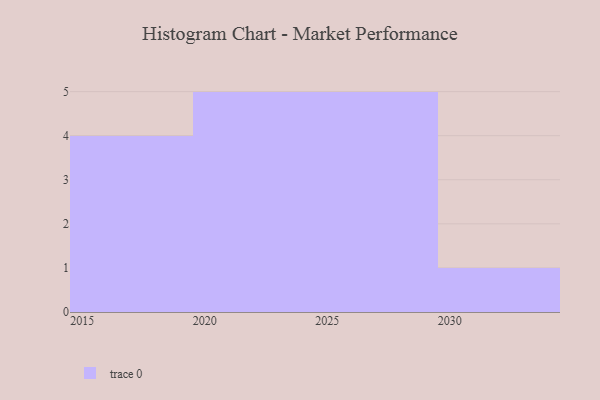
{"axis": {"x": "Year", "y": "Humidity (%)"}, "legend": [""], "data": [{"x": "2022", "y": 57, "type": ""}, {"x": "2024", "y": 20, "type": ""}, {"x": "2015", "y": 58, "type": ""}, {"x": "2023", "y": 36, "type": ""}, {"x": "2026", "y": 22, "type": ""}, {"x": "2028", "y": 57, "type": ""}, {"x": "2018", "y": 67, "type": ""}, {"x": "2021", "y": 29, "type": ""}, {"x": "2017", "y": 45, "type": ""}, {"x": "2025", "y": 28, "type": ""}, {"x": "2020", "y": 61, "type": ""}, {"x": "2029", "y": 67, "type": ""}, {"x": "2027", "y": 14, "type": ""}, {"x": "2030", "y": 78, "type": ""}, {"x": "2016", "y": 3, "type": ""}]}